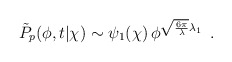
\begin{align*}\tilde{P}_p(\phi,t|\chi) \sim \psi_1(\chi)\, \phi^{\sqrt{6\pi\over\lambda}\lambda_1} \, \ .\end{align*}